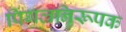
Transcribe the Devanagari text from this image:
पिंगलनिरूपक